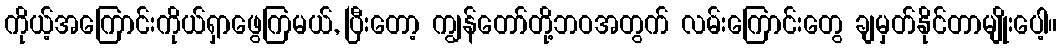
ကိုယ့်အကြောင်းကိုယ်ရှာဖွေကြမယ်, ပြီးတော့ ကျွန်တော်တို့ဘဝအတွက် လမ်းကြောင်းတွေ ချမှတ်နိုင်တာမျိုးပေါ့။